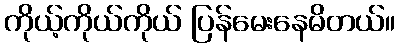
ကိုယ့်ကိုယ်ကိုယ် ပြန်မေးနေမိတယ်။